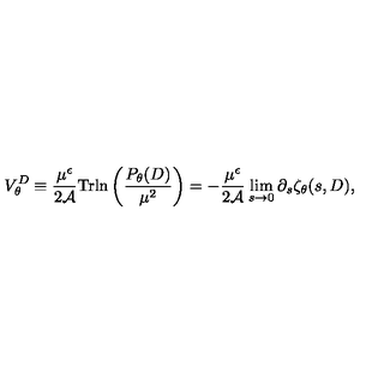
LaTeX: V _ { \theta } ^ { D } \equiv { \frac { \mu ^ { \epsilon } } { 2 { \cal A } } } \mathrm { T r } { \ln } \left( { \frac { P _ { \theta } ( D ) } { \mu ^ { 2 } } } \right) = - { \frac { \mu ^ { \epsilon } } { 2 { \cal A } } } \lim _ { s \to 0 } \partial _ { s } \zeta _ { \theta } ( s , D ) ,